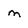
Character: m